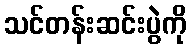
သင်တန်းဆင်းပွဲကို